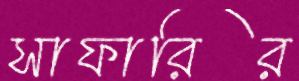
সাফারির